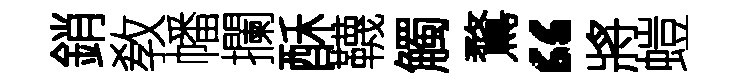
銷敎幡攔酥韈觸鶩“將螘